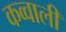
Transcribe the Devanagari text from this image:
कव्‍वाली